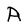
Character: A